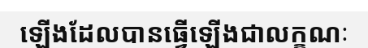
ឡើងដែលបានធ្វើឡើងជាលក្ខណៈ